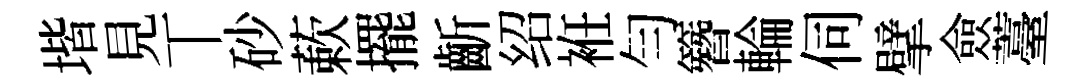
堦見丅砂蔌擺齗绍袵勻簪輪伺擘僉薹